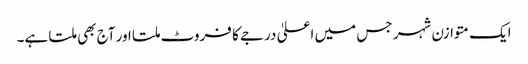
ایک متوازن شہر جس میں اعلیٰ درجے کا فروٹ ملتا اور آج بھی ملتا ہے۔